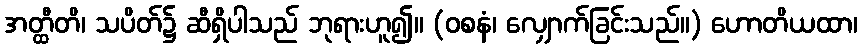
အတ္ထီတိ၊ သပိတ်၌ ဆီရှိပါသည် ဘုရားဟူ၍။ (ဝစနံ၊ လျှောက်ခြင်းသည်။) ဟောတိယထာ၊